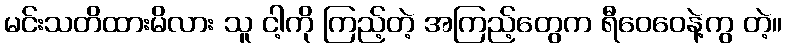
မင်းသတိထားမိလား သူ ငါ့ကို ကြည့်တဲ့ အကြည့်တွေက ရီဝေဝေနဲ့ကွ တဲ့။